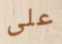
على